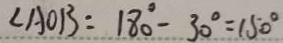
\angle A O B = 1 8 0 ^ { \circ } - 3 0 ^ { \circ } = 1 5 0 ^ { \circ }